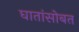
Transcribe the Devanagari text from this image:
घातांसोबत